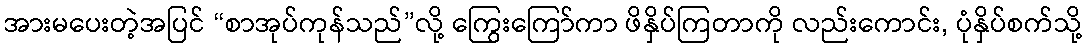
အားမပေးတဲ့အပြင် “စာအုပ်ကုန်သည်”လို့ ကြွေးကြော်ကာ ဖိနှိပ်ကြတာကို လည်းကောင်း, ပုံနှိပ်စက်သို့